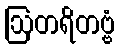
ဩတရိတဗ္ဗံ